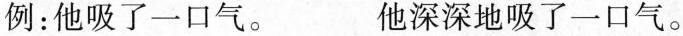
例：他吸了一口气。 他深深地吸了一口气。